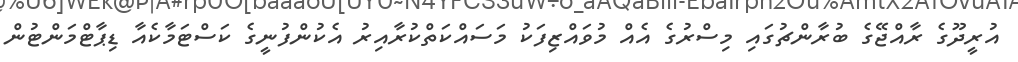
އުރީދޫގެ ރާއްޖޭގެ ބުރާންޗުގައި މިސްރުގެ އެއް މުވައްޒިފަކު މަސައްކަތްކުރާއިރު އެކުންފުނީގެ ކަސްޓަމާކެއާ ޑިޕާޓްމަންޓުން